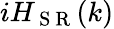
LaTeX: iH_{\mathrm{~S~R~}}(k)